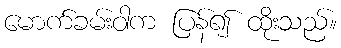
မောက်ခမ်းဝါက ပြန်၍ ထိုးသည်။